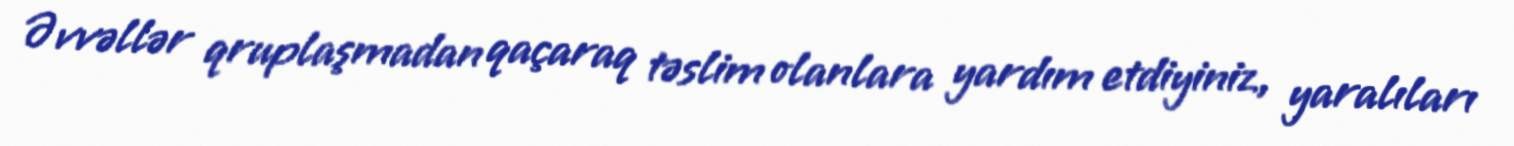
Əvvəllər qruplaşmadan qaçaraq təslim olanlara yardım etdiyiniz, yaralıları